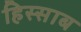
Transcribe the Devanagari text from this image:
हिस्साब